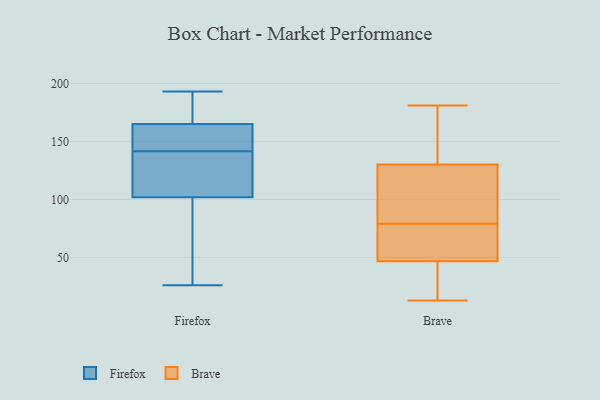
{"axis": {"x": "Net Income (USD K)", "y": "Value"}, "legend": ["Brave", "Firefox"], "data": [{"x": "", "y": 54, "type": "Firefox"}, {"x": "", "y": 153, "type": "Firefox"}, {"x": "", "y": 80, "type": "Firefox"}, {"x": "", "y": 26, "type": "Firefox"}, {"x": "", "y": 110, "type": "Firefox"}, {"x": "", "y": 187, "type": "Firefox"}, {"x": "", "y": 164, "type": "Firefox"}, {"x": "", "y": 110, "type": "Firefox"}, {"x": "", "y": 193, "type": "Firefox"}, {"x": "", "y": 168, "type": "Firefox"}, {"x": "", "y": 173, "type": "Firefox"}, {"x": "", "y": 131, "type": "Firefox"}, {"x": "", "y": 152, "type": "Firefox"}, {"x": "", "y": 161, "type": "Firefox"}, {"x": "", "y": 165, "type": "Firefox"}, {"x": "", "y": 102, "type": "Firefox"}, {"x": "", "y": 111, "type": "Firefox"}, {"x": "", "y": 35, "type": "Firefox"}, {"x": "", "y": 49, "type": "Brave"}, {"x": "", "y": 61, "type": "Brave"}, {"x": "", "y": 40, "type": "Brave"}, {"x": "", "y": 181, "type": "Brave"}, {"x": "", "y": 103, "type": "Brave"}, {"x": "", "y": 96, "type": "Brave"}, {"x": "", "y": 150, "type": "Brave"}, {"x": "", "y": 106, "type": "Brave"}, {"x": "", "y": 61, "type": "Brave"}, {"x": "", "y": 131, "type": "Brave"}, {"x": "", "y": 130, "type": "Brave"}, {"x": "", "y": 144, "type": "Brave"}, {"x": "", "y": 75, "type": "Brave"}, {"x": "", "y": 39, "type": "Brave"}, {"x": "", "y": 25, "type": "Brave"}, {"x": "", "y": 79, "type": "Brave"}, {"x": "", "y": 13, "type": "Brave"}]}